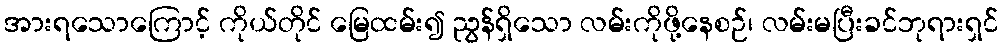
အားရသောကြောင့် ကိုယ်တိုင် မြေထမ်း၍ ညွန်ရှိသော လမ်းကိုဖို့နေစဉ်၊ လမ်းမပြီးခင်ဘုရားရှင်